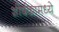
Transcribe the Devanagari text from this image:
शीर्षकामध्ये